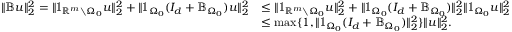
\begin{array} { r l } { \| \mathbb { B } u \| _ { 2 } ^ { 2 } = \| \mathbb { 1 } _ { \mathbb { R } ^ { m } \setminus { \Omega _ { 0 } } } u \| _ { 2 } ^ { 2 } + \| \mathbb { 1 } _ { \Omega _ { 0 } } ( I _ { d } + \mathbb { B } _ { \Omega _ { 0 } } ) u \| _ { 2 } ^ { 2 } } & { \leq \| \mathbb { 1 } _ { \mathbb { R } ^ { m } \setminus { \Omega _ { 0 } } } u \| _ { 2 } ^ { 2 } + \| \mathbb { 1 } _ { \Omega _ { 0 } } ( I _ { d } + \mathbb { B } _ { \Omega _ { 0 } } ) \| _ { 2 } ^ { 2 } \| \mathbb { 1 } _ { \Omega _ { 0 } } u \| _ { 2 } ^ { 2 } } \\ & { \leq \operatorname* { m a x } \{ 1 , \| \mathbb { 1 } _ { \Omega _ { 0 } } ( I _ { d } + \mathbb { B } _ { \Omega _ { 0 } } ) \| _ { 2 } ^ { 2 } \} \| u \| _ { 2 } ^ { 2 } . } \end{array}